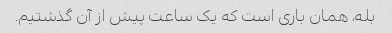
بله، همان باری است که یک ساعت پیش از آن گذشتیم.